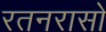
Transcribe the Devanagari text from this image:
रतनरासो